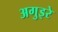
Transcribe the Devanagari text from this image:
अगुइरे